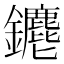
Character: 𨰅